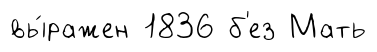
вы́ражен 1836 б'ез Мать